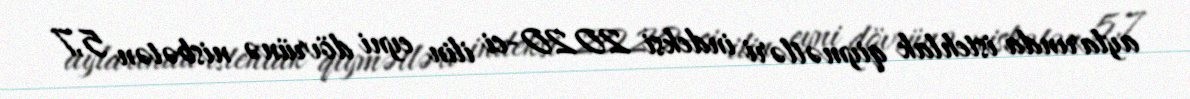
aylarında istehlak qiymətləri indeksi 2020-ci ilin eyni dövrünə nisbətən 5,7